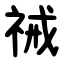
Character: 祴